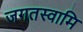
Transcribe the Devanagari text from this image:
जगतस्‍वामि